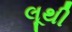
લૂથી